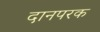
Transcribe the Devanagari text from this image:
दानपरक